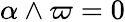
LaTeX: \alpha\wedge\varpi=0